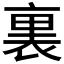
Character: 裏